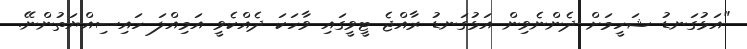
"އަޅުގަނޑު ޝަހީމަށް ދެންނެވިން އަޅުގަނޑު ރާއްޖެ ޓީވީގައި ވާހަކަ ދެއްކެވީ އަމިއްލަ ހައިސިއްޔަތުންނޭ.